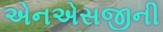
એનએસજીની